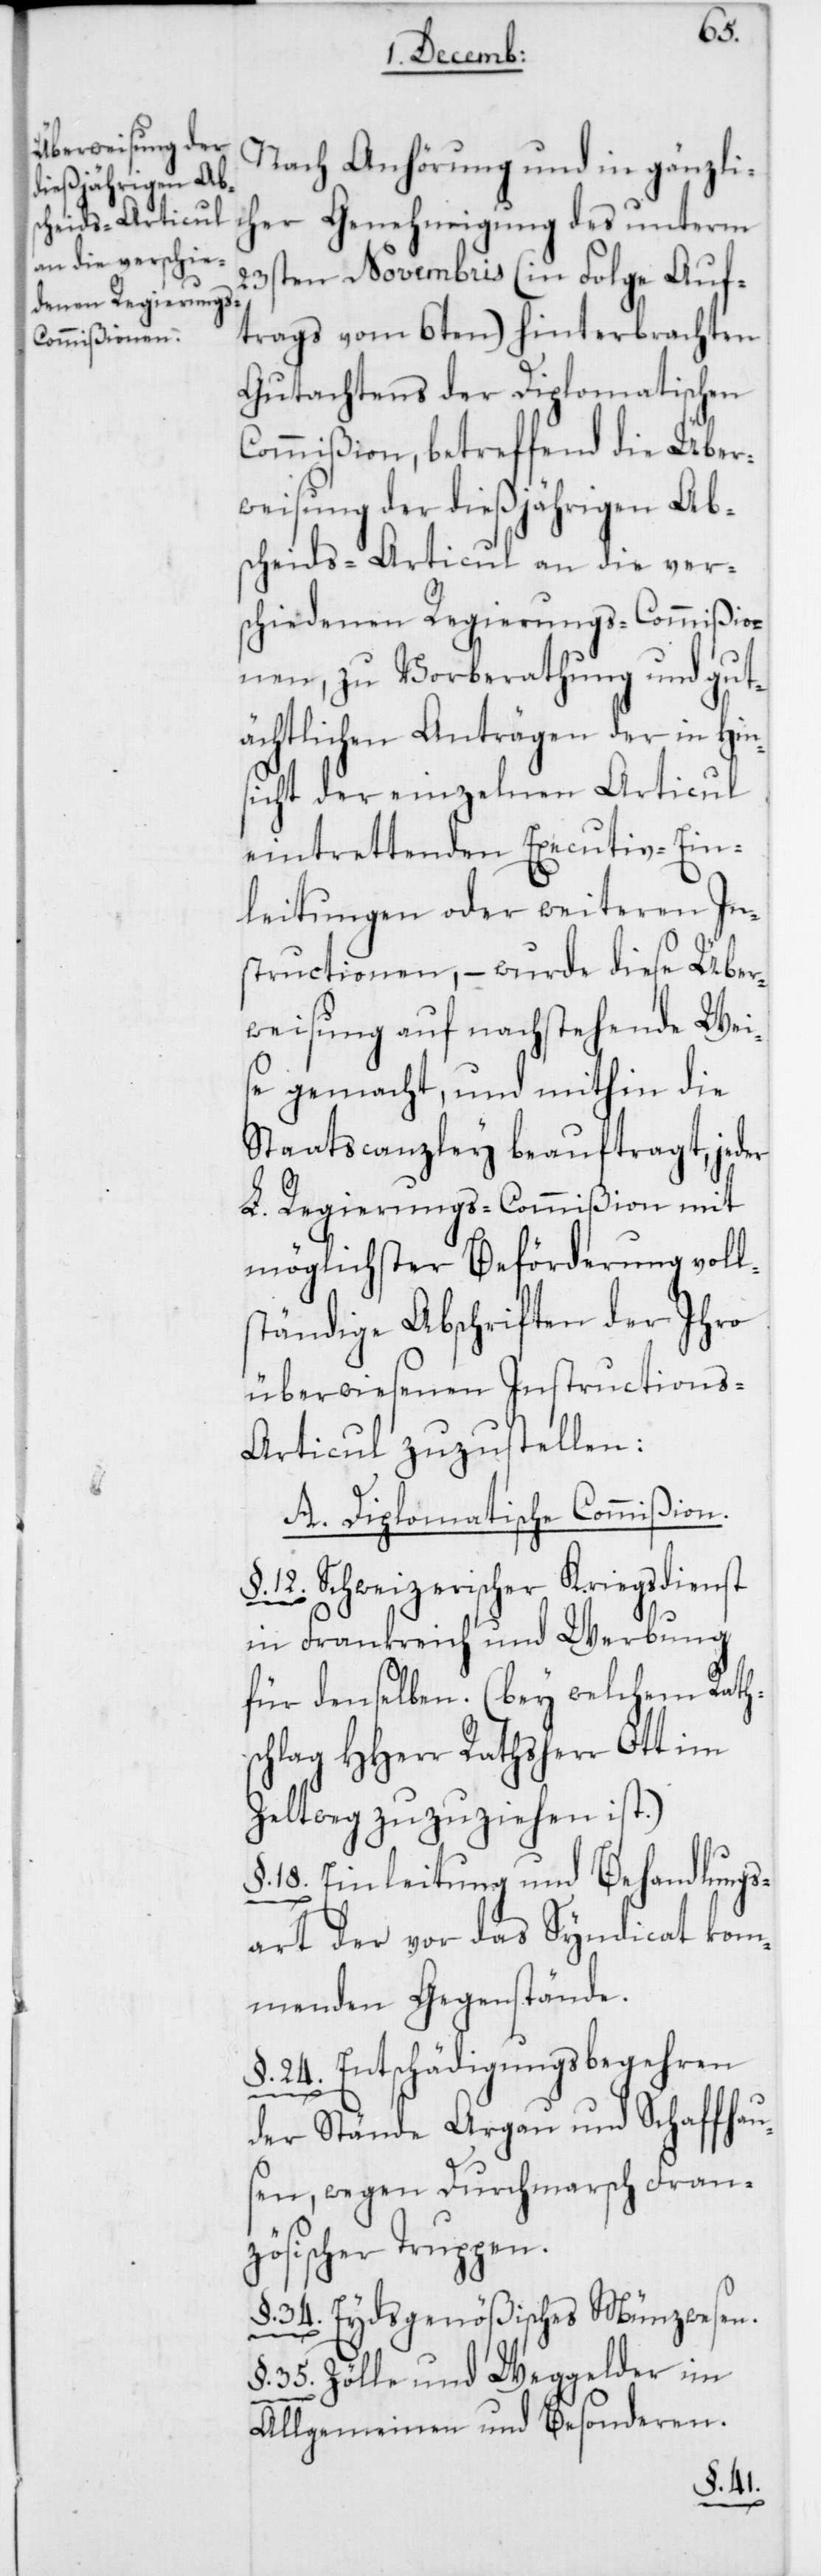
Nach Anhörung und in gänzlic¬
her Genehmigung des unterm
23sten Novembris (in Folge Auf¬
trags vom 6ten) hinterbrachten
Gutachtens der Diplomatischen
Commißion, betreffend die Über¬
weisung der dießjährigen Ab¬
scheids-Articul an die ver¬
schiedenen Regierungs-Commißio¬
nen, zu Vorberathung und gut¬
ächtlichen Anträgen der in Hin¬
sicht der einzelnen Articul
eintrettenden Executiv-Ein¬
leitungen oder weiteren In¬
structionen, – wurde diese Über¬
weisung auf nachstehende Wei¬
se gemacht, und mithin die
Staatscanzley beauftragt, jeder
L. Regierungs-Commißion mit
möglichster Beförderung voll¬
ständige Abschriften der Ihro
überwiesenen Instructions-A¬
rticul zuzustellen:
A. Diplomatische Commißion.
12. Schweizerischer Kriegsdienst
in Frankreich und Werbung
für denselben. (bey welchem Rath¬
chlag Hherr Rathsherr Ott im
Zeltweg zuzuziehen ist).
§.18. Einleitung und Behandlungs¬
art der vor das Syndicat kom¬
menden Gegenstände.
§. 24. Entschädigungsbegehren
der Stände Aargau und Schaffhau¬
sen, wegen Durchmarsch Fran¬
zösischer Truppen.
§. 34. Eydsgenößisches Münzwesen.
s¬
§. 35. Zölle und Weggelder im
Allgemeinen und Besonderen.